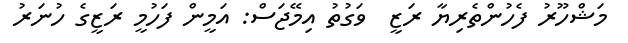
މަޝްހޫރު ފެހުންތެރިޔާ ރަޒީ  ވަގުތު އިމޭޖަސް: އަމީން ފަހުމީ ރަޒީގެ ހުނަރު